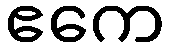
ဧကေ